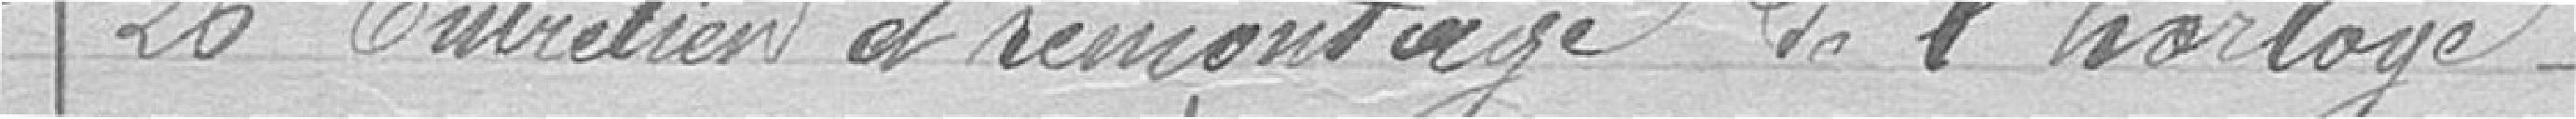
26 Entretien et remontage de l'horloge